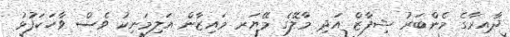
ދާއިރާގެ މެންބަރު ޝިފާޒް އަދި މާލޭގެ މޭޔަރ މައިޒާން އަލިމަނިކު ވެސް ވާހަކަފުޅު